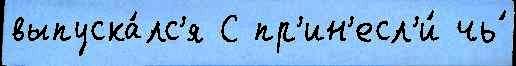
выпуска́лс'я С пр'ин'есл'и́ чь́